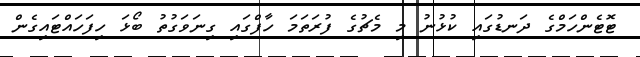
ޓޮޓެންހަމްގެ ދަނޑުގައި ކުޅުނު މި މެޗުގެ ފުރަތަމަ ހާފްގައި ގިނަވަގުތު ބޯޅަ ހިފަހައްޓައިގެން